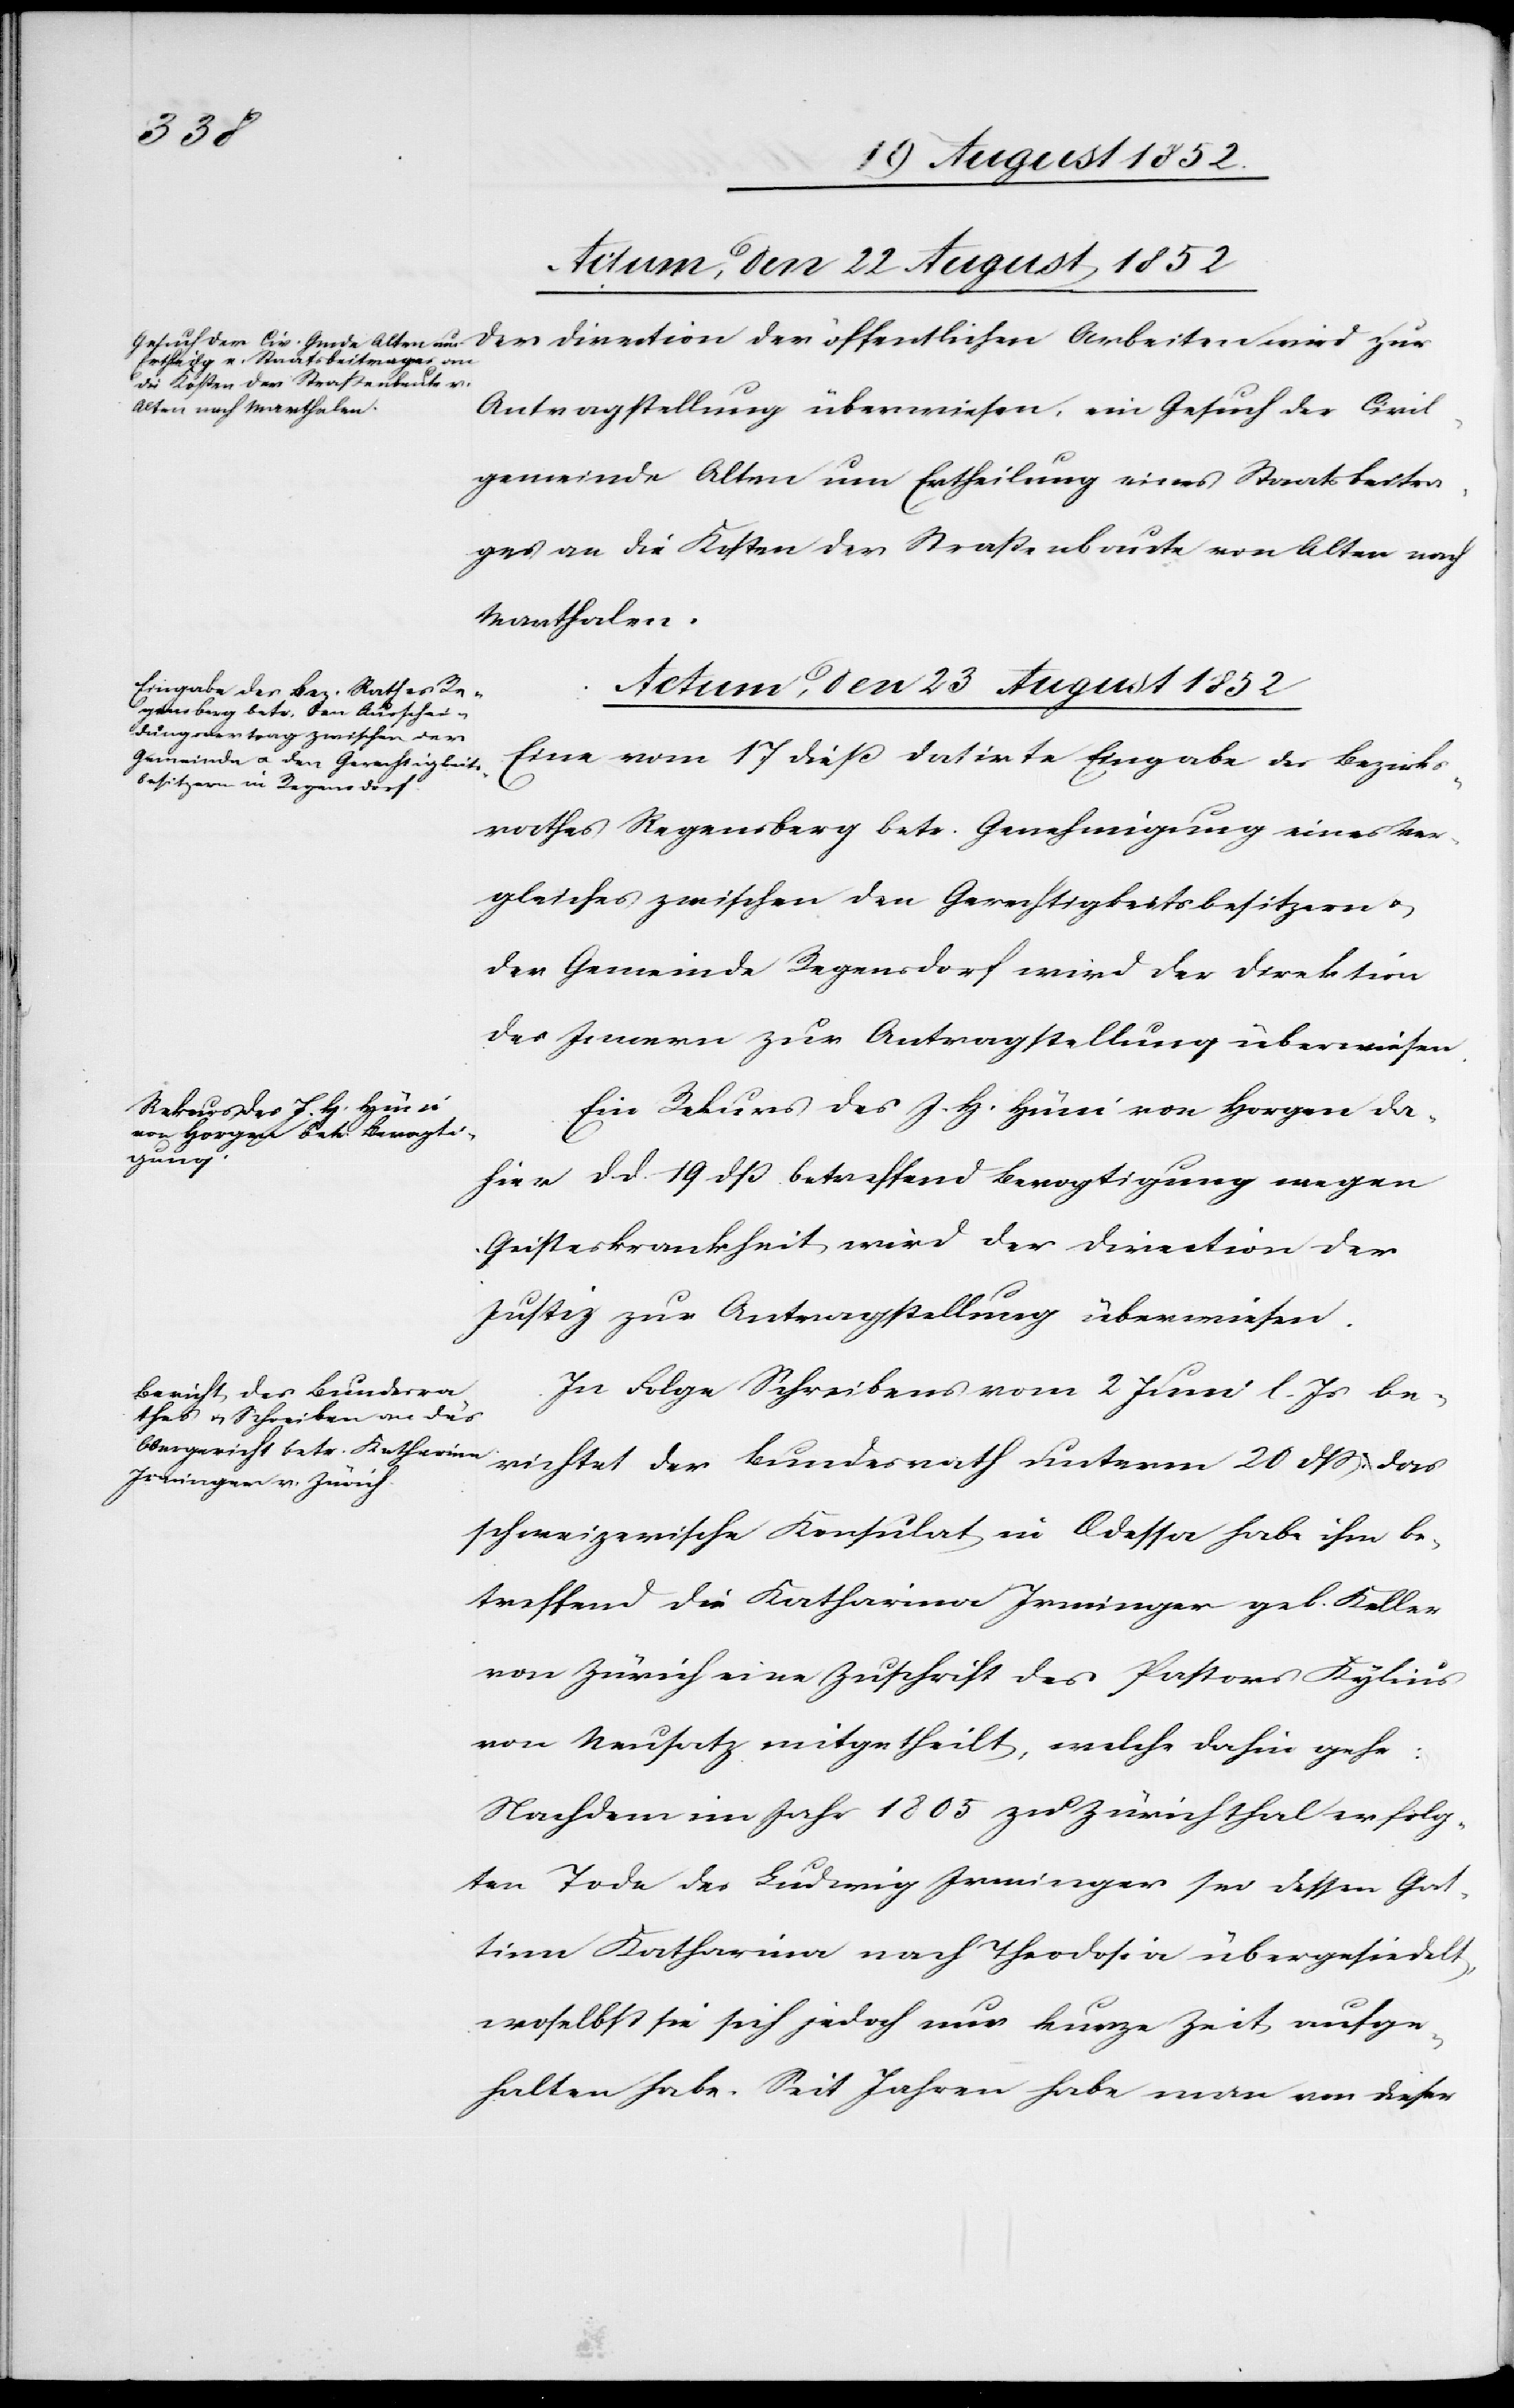
Actum, den 23 August 1852]
Antragstellung überwiesen, ein Gesuch der Civil¬
gemeinde Alten um Ertheilung eines Staatsbeitra¬
ges an die Kosten der Straßenbaute von Alten nach
Marthalen.
Actum, den 23 August 1852
Eine vom 17 dieß datirte Eingabe des Bezirks¬
rathes Regensberg betr. Genehmigung eines Ver¬
gleiches zwischen den Gerechtigkeitsbesitzern &
der Gemeinde Regensdorf wird der Direktion
des Innern zur Antragstellung überwiesen.
Ein Rekurs des J. H. Hüni von Horgen da¬
zur
hier d. d. 19 dß. betreffend Bevogtigung wegen
Geisteskrankheit wird der Direction der
Justiz zur Antragstellung überwiesen.
In Folge Schreibens vom 2 Juni l. Js be¬
richtet der Bundesrath unterm 20 dss: das
schweizerische Konsulat in Odessa habe ihm be¬
treffend die Katharina Irminger geb. Keller
von Zürich eine Zuschrift des Pastors Kylius
von Neusatz mitgetheilt, welche dahin gehe:
Nach dem im Jahr 1805 zu Zürichthal erfolg¬
ten Tode des Ludwig Irminger sei dessen Gat¬
tinn Katharina nach Theodosia übergesiedelt,
woselbst sie sich jedoch nur kurze Zeit aufge¬
halten habe. Seit Jahren habe man von dieser